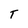
Character: T